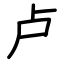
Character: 卢